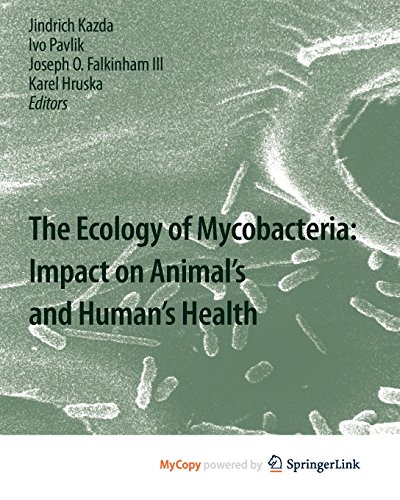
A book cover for The Ecology of Mycobacteria: Impact on Animal's and Human's Health; Jindrich Kazda; Medical Books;